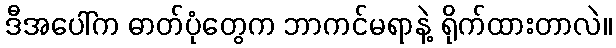
ဒီအပေါ်က ဓာတ်ပုံတွေက ဘာကင်မရာနဲ့ ရိုက်ထားတာလဲ။